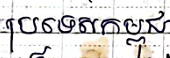
ប្រទេសកម្ពុជា